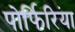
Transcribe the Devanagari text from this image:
पोर्फिरिया